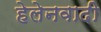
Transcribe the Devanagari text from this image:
हेलेनवादी